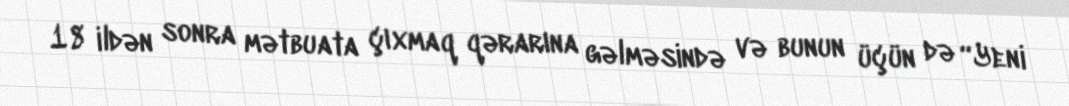
18 ildən sonra mətbuata çıxmaq qərarına gəlməsində və bunun üçün də “Yeni